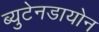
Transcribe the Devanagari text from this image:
ब्युटेनडायोन